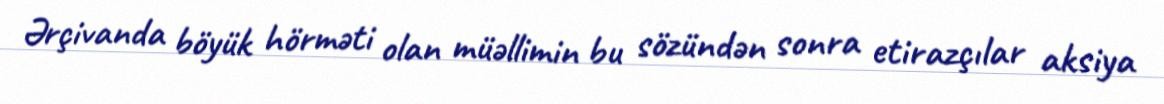
Ərçivanda böyük hörməti olan müəllimin bu sözündən sonra etirazçılar aksiya